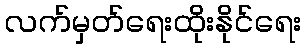
လက်မှတ်ရေးထိုးနိုင်ရေး